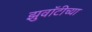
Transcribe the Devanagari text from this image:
झुवॉटीच्या